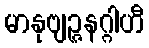
မာနုဗျဉ္ဇနဂ္ဂါဟီ